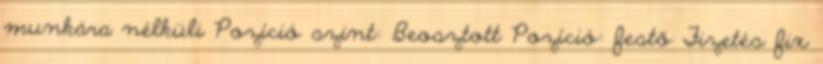
munkára nélküli Pozíció szint: Beosztott Pozíció: festő Fizetés fix